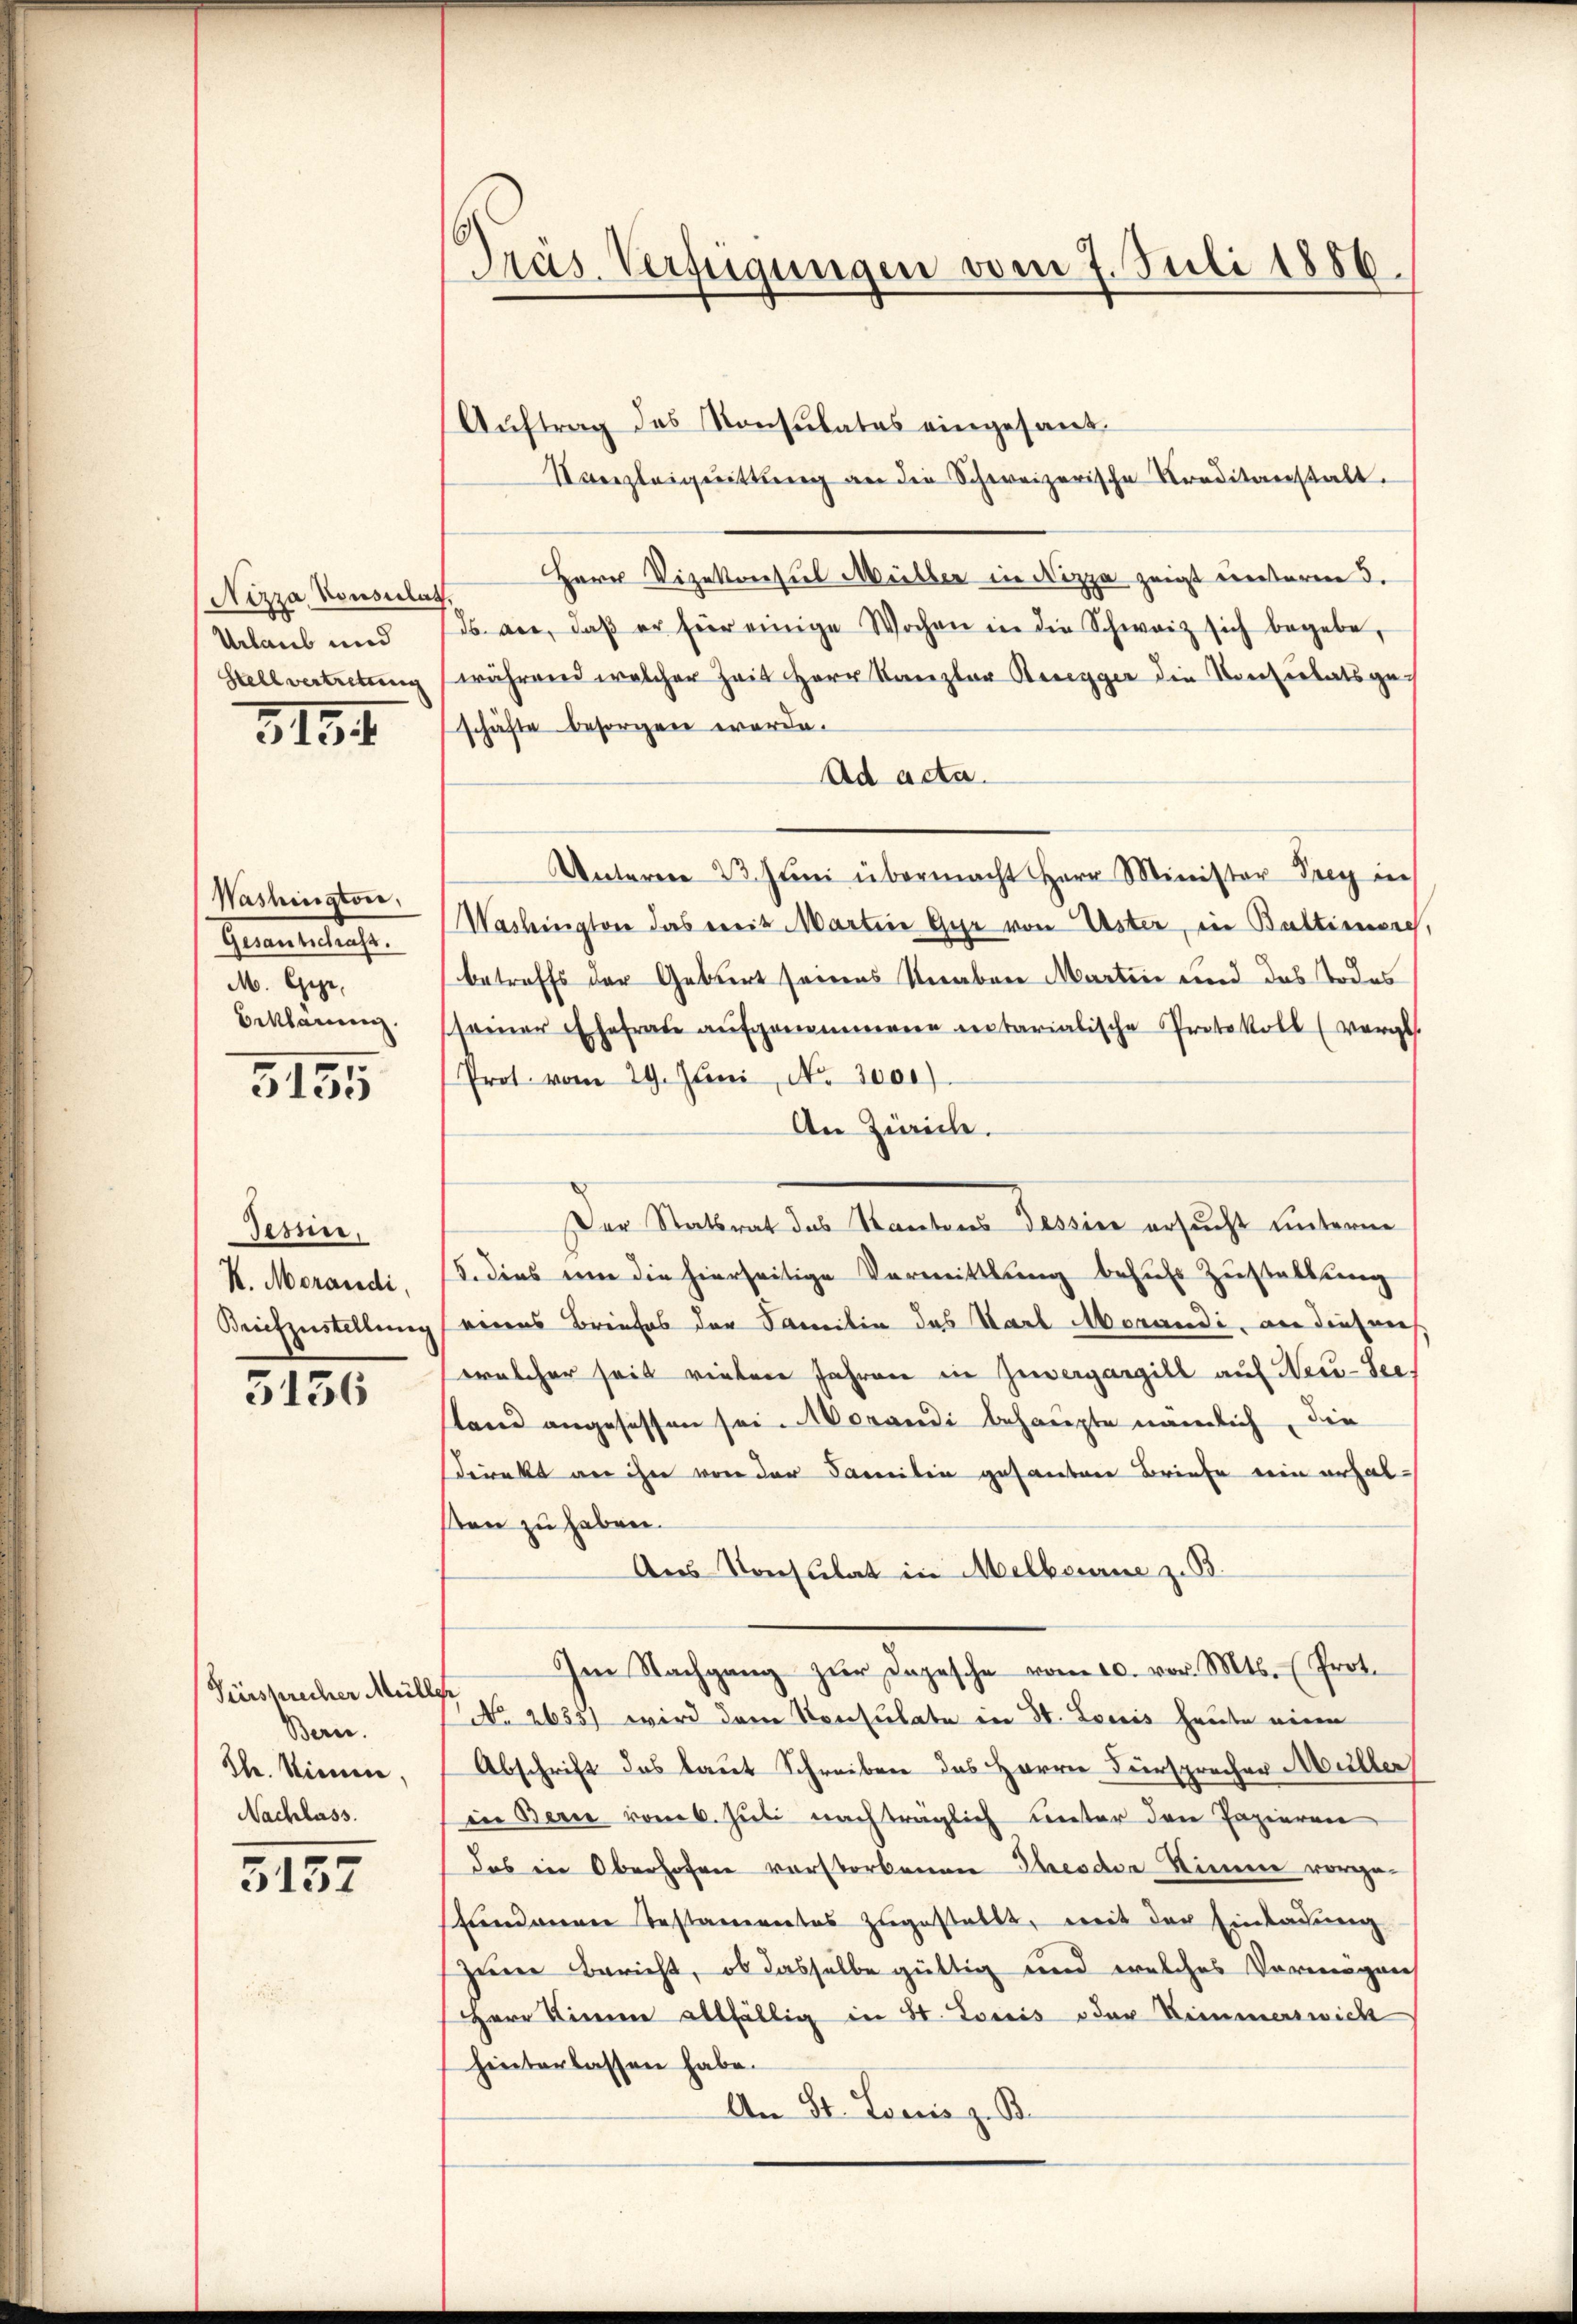
Nizza Vonsulat
Urlaub und
Stellvertretung

3134

Washington,
Grenzeleis
M. Gege
Erklärung.

3155

Tesen.
K. Merandi,
Brifzustellung

3136

Fürsprecher Müll
Bern.
Th. Stimm
Nachlass.

5157

Pras. Verfügungen vom 7. Juli 1886.

Auftrag des Konsulates eingesand¬
Vonzleigeittŭng an die Schweizerische Kreditanstalt.
Herr Vizekonsul Müller in Nizza zeigt unterm 5.
ds an, daβ er hier einige Wochen in die Schweiz sich begebe,
während welcher Zeit Herr Kanzler Beregger die Konsertatsge-
schäfte besorgen werde.
Ad acta.
Unterm 23. Juni übermacht Herr Minister Prey in
Washington das ereit Martine Gyr von Uster, in Bultimiere,
betreffs der Geburt seines Knaben Martin und das Todes
seiner Ehefrau aufgenommene entarialische Protokoll (vergl.
Prot. vom 29. Juni, No 2000)
An Zürich.
Der Statsrat des Kantons Tessine ersucht unterne
5. dies um die hierseitige Vermittlung behufs Zustaltung
eines Briefes der Familie das Karl Morandi, an diesens
welcher seit vielen Jahren in Zuvergargill auf Neu-Seestand angesessen sei. Morandi behaupte nämlich, die
direkt an ihn von der Familie gesanten Briefe ein erhalsten zu haben.
Aus Konsulat in Melbourne z. B.
Im Nachgang zŭr Dopesche vom 10. vor. Mts. (Prot.
t
No 2635) wird dem Konsulate in St. Louis heute einen
Abschrift das laut Schreiben das Herrn Fürsprechen Müller
in Bern vom 6. Juli nachträglich unter den Papieren
das in Oberhofen vorstorbenen Theodor Sinner vorgehandere Testamentes zugestellt, mit der Einladung
zene Bericht, ob dasselbe gültig und welches Vermögen
Herr Sinnen allfällig in St. Loris oder Himmerwick
hinterlassen habe.
An St. Loewis z. B.